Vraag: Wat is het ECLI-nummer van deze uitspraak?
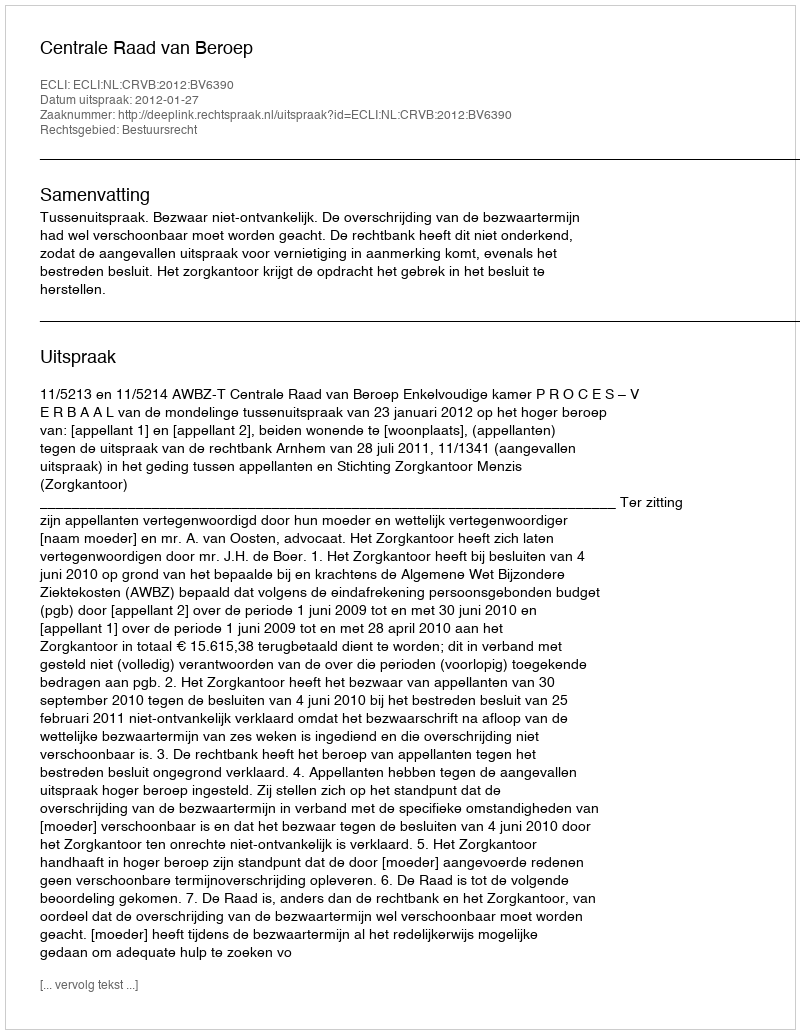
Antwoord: ECLI:NL:CRVB:2012:BV6390